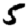
Digit: 5